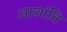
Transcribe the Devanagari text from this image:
आशांति